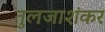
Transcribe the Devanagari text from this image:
तुलजाशंकर